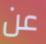
عن